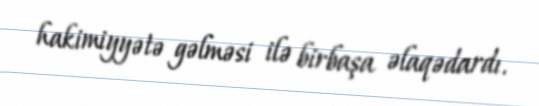
hakimiyyətə gəlməsi ilə birbaşa əlaqədardı.